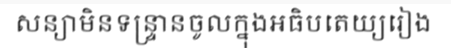
សន្យាមិនទន្ទ្រានចូលក្នុងអធិបតេយ្យរៀង